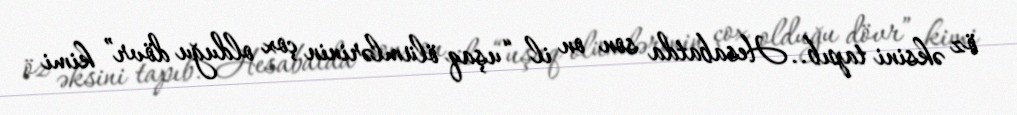
öz əksini tapıb.. Hesabatda son on il “uşaq ölümlərinin çox olduğu dövr” kimi